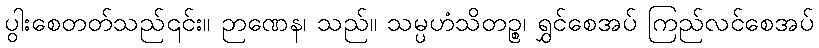
ပွါးစေတတ်သည်၎င်း။ ဉာဏေန၊ သည်။ သမ္ပဟံသိတဉ္စ၊ ရွှင်စေအပ် ကြည်လင်စေအပ်